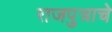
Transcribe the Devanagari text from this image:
राजपुत्राचे